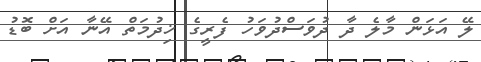
ލޭ އަޅަން މާލެ ދާ ދުވަސްދުވަހު ފެރީގެ ޚިދުމަތް އޭނާ އަށް ބޮޑު